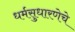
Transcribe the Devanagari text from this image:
धर्मसुधारणेचे